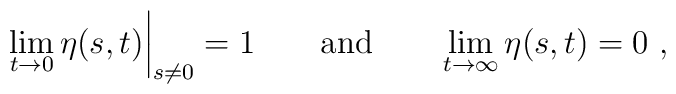
\lim_{t\to 0} \eta(s,t)\bigg|_{s\neq 0} = 1             \qquad {\rm and} \qquad   \lim_{t\to\infty} \eta(s,t) = 0 \ ,